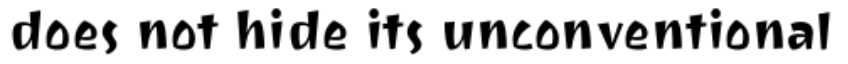
does not hide its unconventional